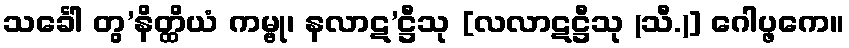
သင်္ခေါ တွ’နိတ္ထိယံ ကမ္ဗု၊ နလာဋ’ဋ္ဌီသု [လလာဋဋ္ဌီသု (သီ.)] ဂေါပ္ဖကေ။